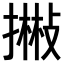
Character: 𢴻